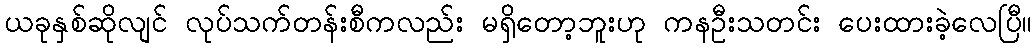
ယခုနှစ်ဆိုလျင် လုပ်သက်တန်းစီကလည်း မရှိတော့ဘူးဟု ကနဦးသတင်း ပေးထားခဲ့လေပြီ။